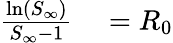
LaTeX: \begin{array}{rl}{\frac{\ln(S_{\infty})}{S_{\infty}-1}}&{{}=R_{0}}\end{array}